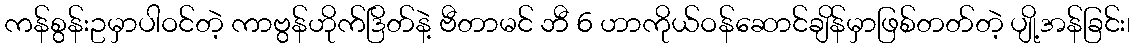
ကန်စွန်းဥမှာပါဝင်တဲ့ ကာဗွန်ဟိုက်ဒြိတ်နဲ့ ဗီတာမင် ဘီ 6 ဟာကိုယ်ဝန်ဆောင်ချိန်မှာဖြစ်တတ်တဲ့ ပျို့အန်ခြင်း၊